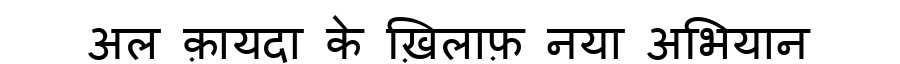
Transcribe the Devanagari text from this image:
अल क़ायदा के ख़िलाफ़ नया अभियान